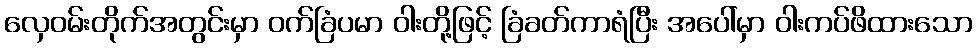
လှေဝမ်းတိုက်အတွင်းမှာ ဝက်ခြံပမာ ဝါးတို့ဖြင့် ခြံခတ်ကာရံပြီး အပေါ်မှာ ဝါးကပ်ဖိထားသော